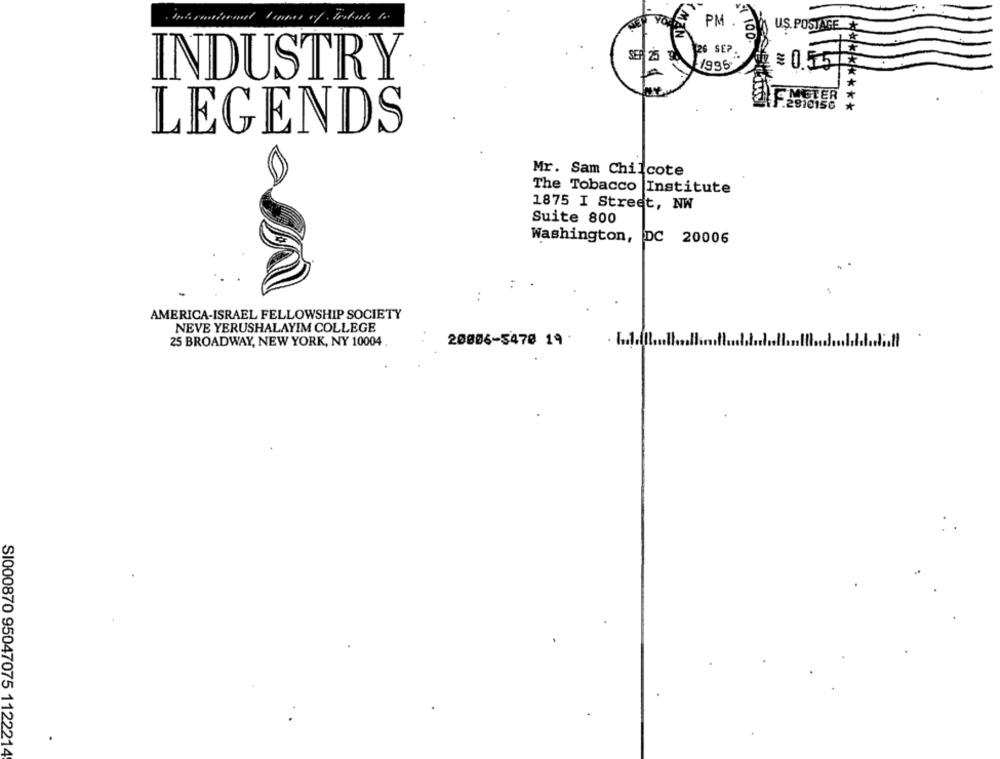
PM
UŞ. POSTAGEA
MAN
126 SEP
SEP 25 30
4 100.
¥0.55
INDUSTRY
IFMETER
.2810156
** * ******
LEGENDS
Mr. Sam Chilcote
The Tobacco Institute
1875 I Street, NW
Suite 800
Washington, DC 20006
:
AMERICA-ISRAEL FELLOWSHIP SOCIETY
NEVE YERUSHALAYIM COLLEGE
25 BROADWAY, NEW YORK, NY 10004
20006-547@ 19 .
SI000870 95047075 1122214